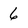
Character: 6